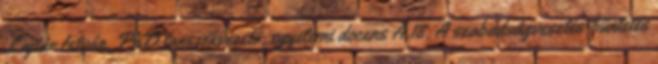
Lajtár István, PhD tanszékvezető, egyetemi docens A.18. A szabadságvesztés-büntetés